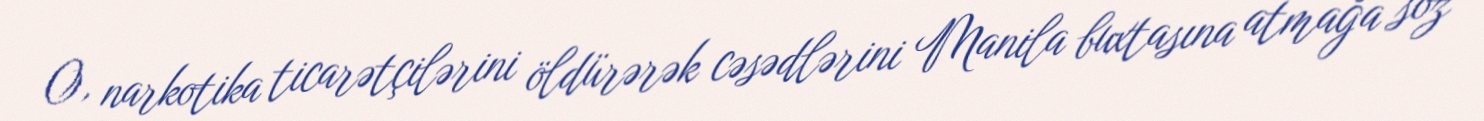
O, narkotika ticarətçilərini öldürərək cəsədlərini Manila buxtasına atmağa söz